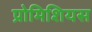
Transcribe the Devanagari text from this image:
प्रोमिशियस